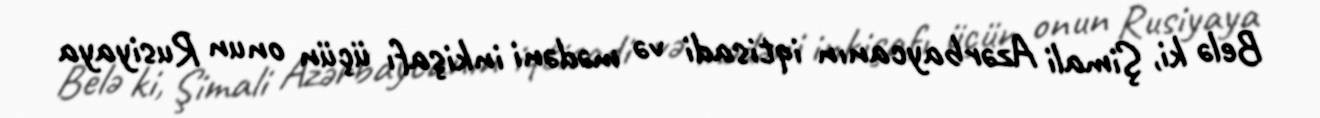
Belə ki, Şimali Azərbaycanın iqtisadi və mədəni inkişafı üçün onun Rusiyaya